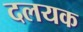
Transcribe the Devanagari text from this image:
दलयक